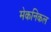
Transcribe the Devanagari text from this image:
मेकनिकल